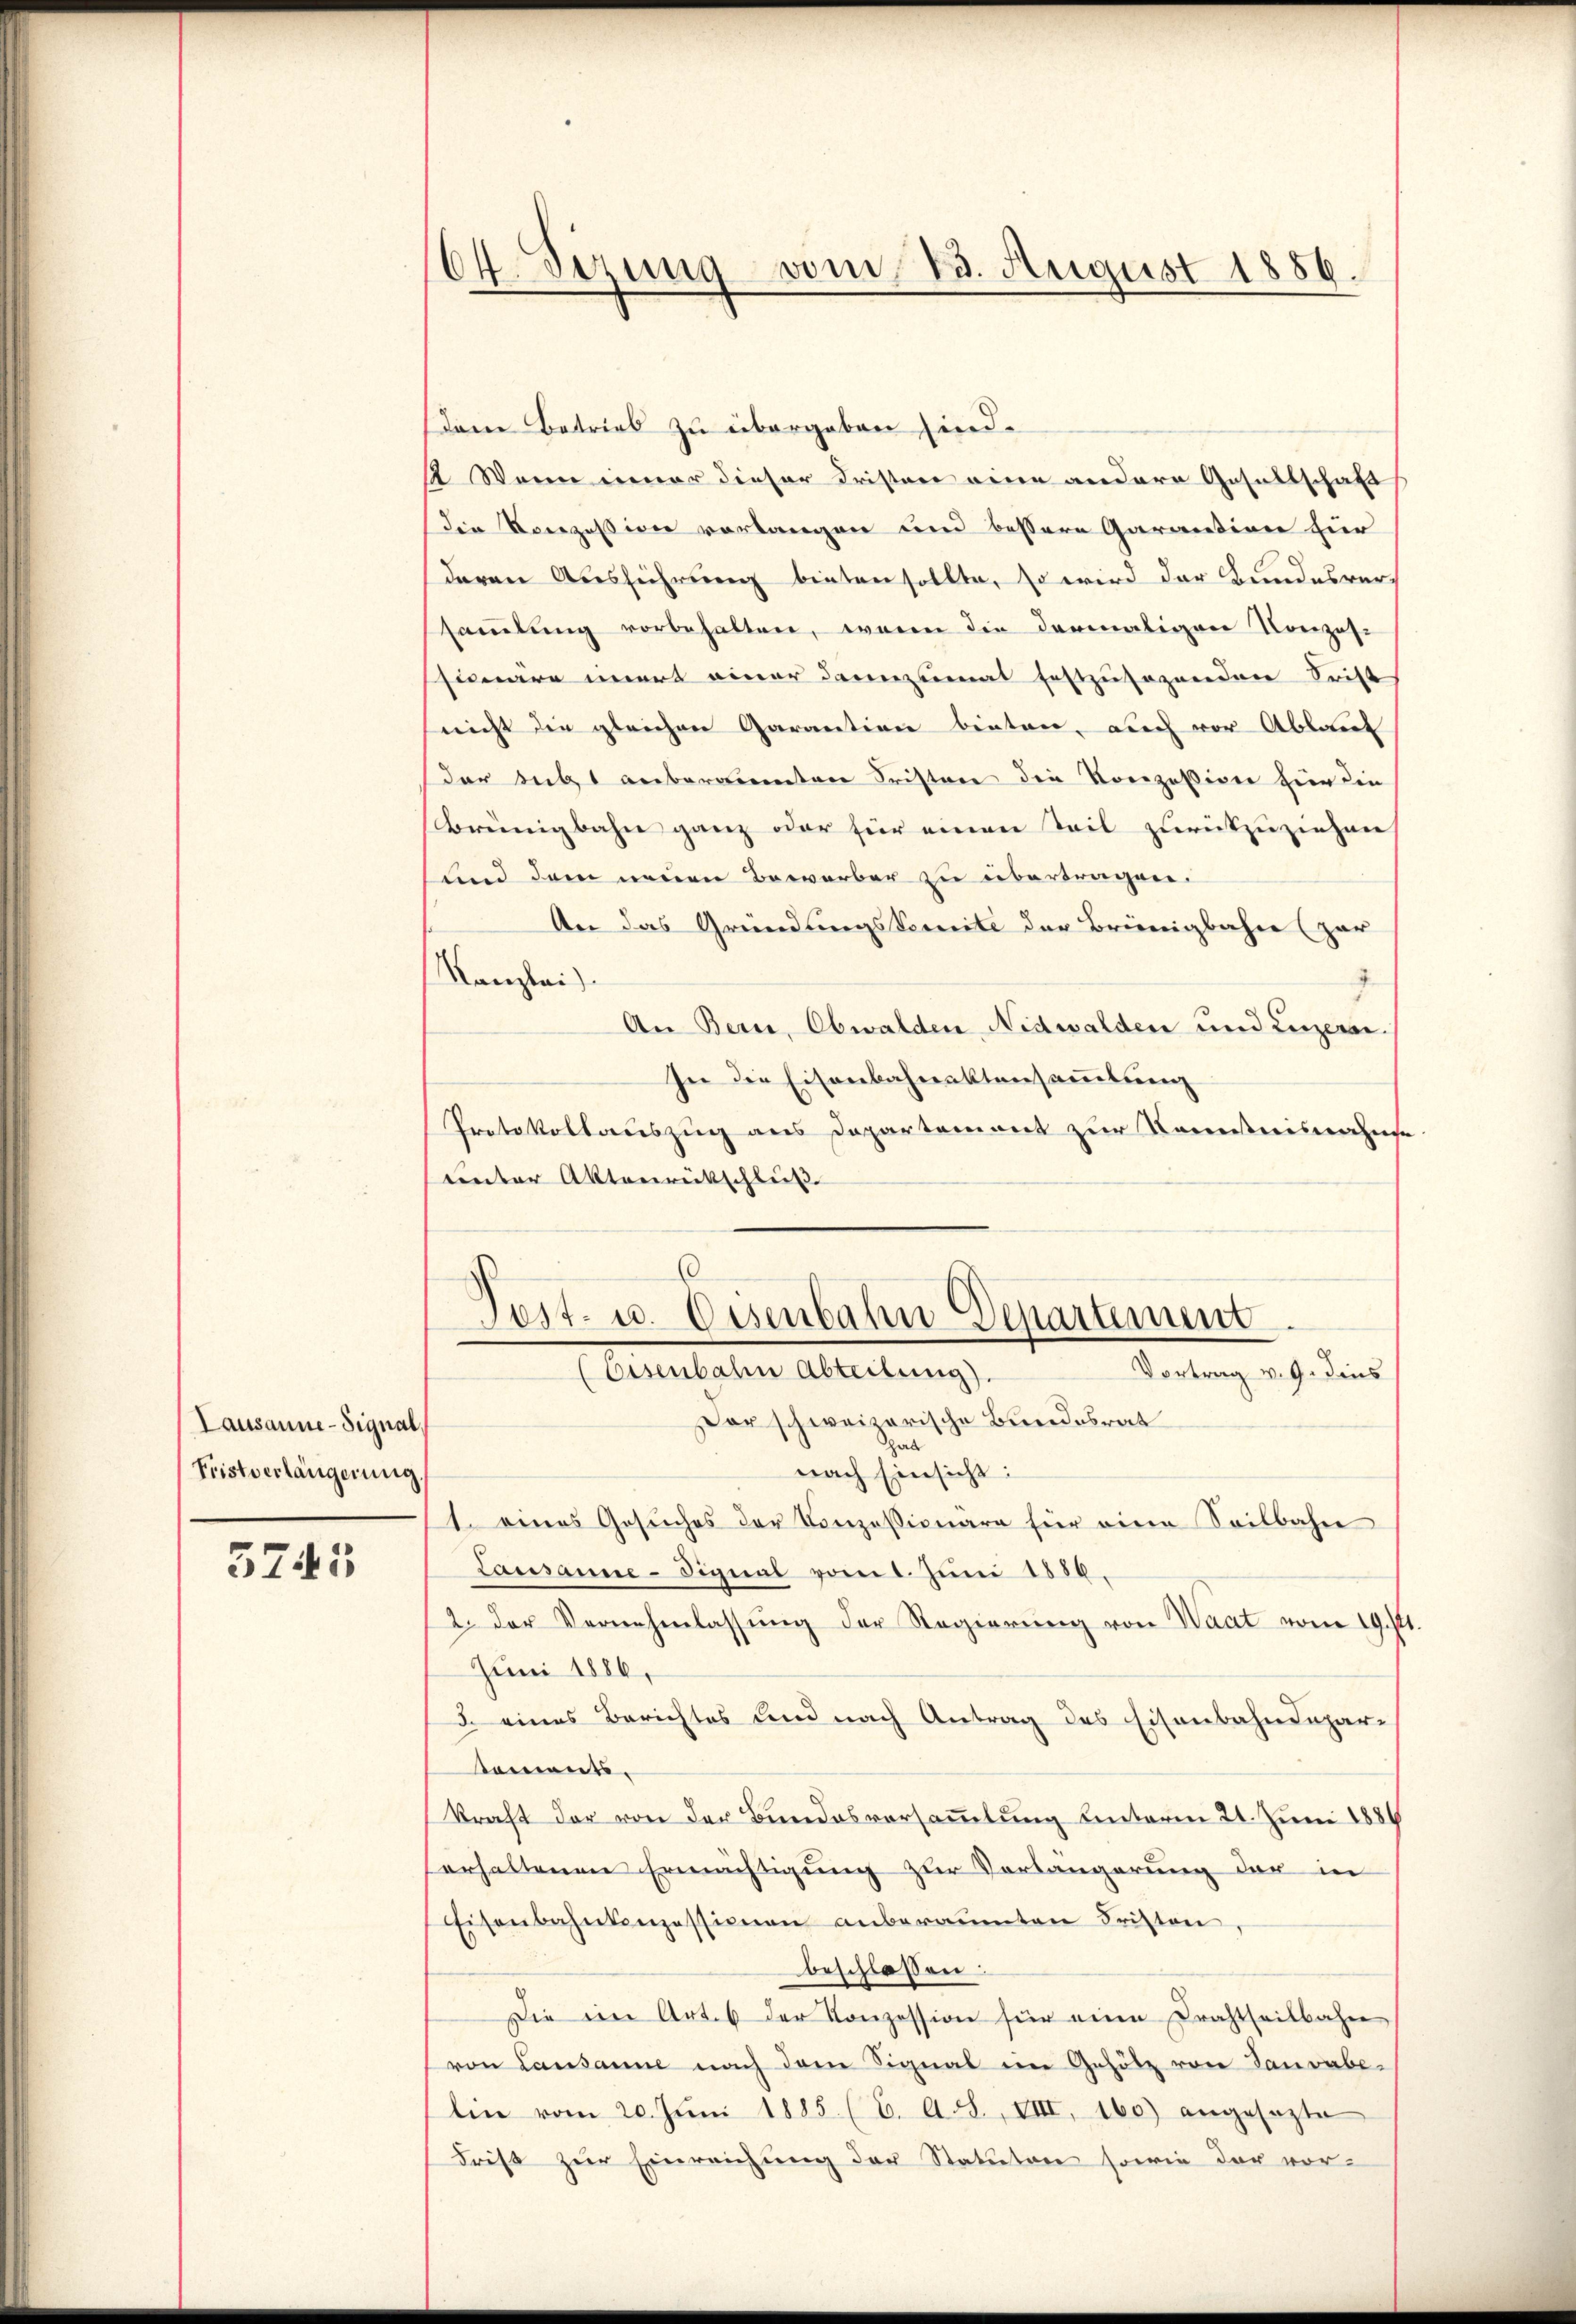
Lausanne - Signal
Fristverlängerung.

3745

64. Sizung vom 23. August 1886.

Dem Betrieb zu übergeben hied.
2 Wann neuer dieser Fristen eine andere Gesellschaft
die Konzession vorlangen und bessere Garantion für
deren Ausführung bieten sollte, so wird der Bundesver
samlung vorbehalten, wenn die dermaligen Konzessäre unert einer dannzumal festzusagenden Secht
nicht die gleichen Garantion bieten, auch vor Ablaut
der Subst anberaienten Fristen die Konzession hier die
brünigbahn ganz oder für einen Teil zurückzuziehen
und dem neuen Bewerber zu übertragen.
An das Gründungskomite der Brünigbahn (zur
Kanzlei
An Bern, Obwalden Nidwalden und Luzern.
In die Eisenbahnaktensammlung
Protokollauszug aus Departement zur Kenntnisnahme
unter Aktenrückschluß

Test. u. Eisenbahn-Departement
Eisenbahn Abteilung).
Vortrag v. 9. dies

Der schweizerische Bundesrat
hart
nach Einsicht:
1. eines Gesuches der Konzessionare für eine Seilbahn
Lausanne-Signal vom 1. Juni 1858.
2. der Vernehmlassung der Regierung von Waat vom 19. Pt.
Juni 1886,
5. eines Berichtes und nach Antrag des Eisenbahndepar-
Saments.
kraft der von der Bundesversammlung unterm 21. Juni 1884
erhaltenen Ermächtigung zur Vorlängerung der in
Eisenbahnkonzessionen anberaumten Fristen,
beschlossen:
Die ein Art. 6 der Konzession für eine Frachtheilbahn
von Lausanne nach dem Signal im Gehölz von Tauvabe-
lin vom 20. Juni 1885. (C. A. L., VIII, 160) angesezte
driβ zŭr Einreichung der Statuten sowie der vor¬